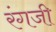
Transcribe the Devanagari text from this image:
रंगजी